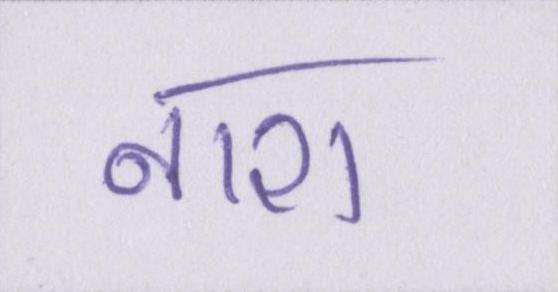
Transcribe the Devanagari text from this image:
नाश